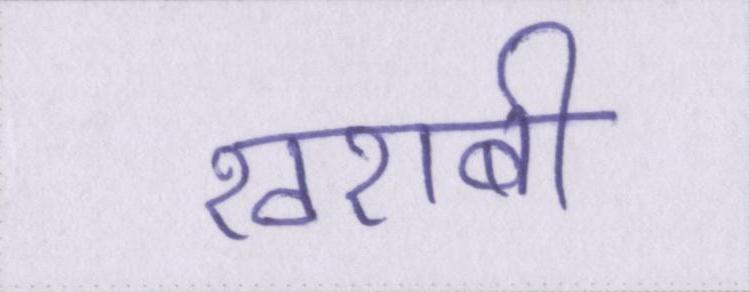
खराबी